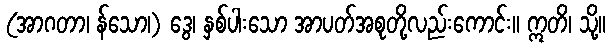
(အာဂတာ၊ န်သော၊) ဒွေ၊ နှစ်ပါးသော အာပတ်အစုတို့လည်းကောင်း။ ဣတိ၊ သို့။